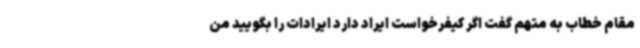
مقام خطاب به متهم گفت اگر کیفرخواست ایراد دارد ایرادات را بگویید من